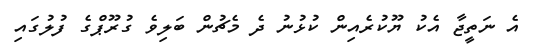
އެ ނަތީޖާ އެކު ޔޫކުރެއިން ކުޅުނު ދެ މެޗުން ބަލިވެ ގުރޫޕްގެ ފުލުގައި